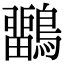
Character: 𪅳